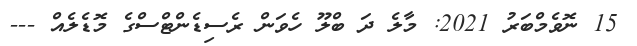
15 ނޮވެމްބަރު 2021: މާލެ ދަ ބްލޫ ހެވަން ރެސިޑެންޓްސްގެ މޮޑެލެއް ---